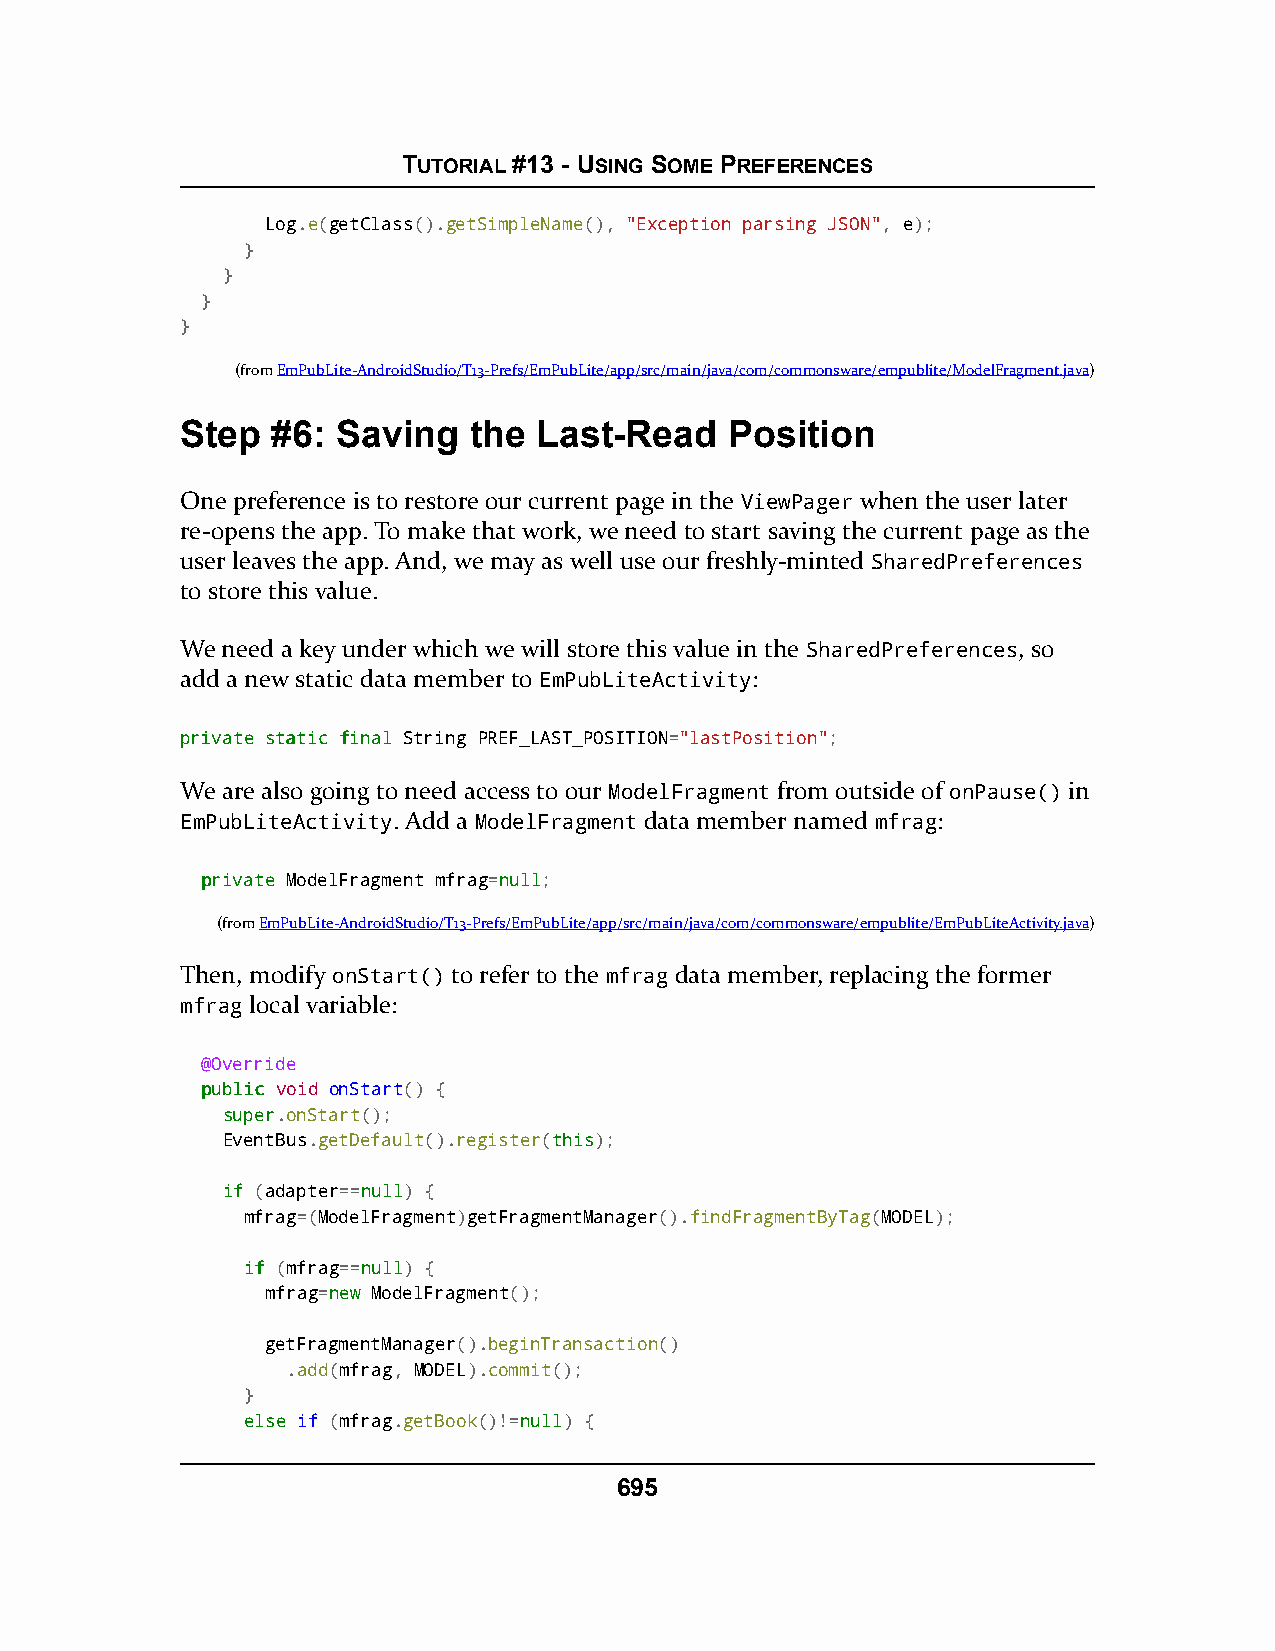
TUTORIAL #13 - USING SOME PREFERENCES
 Log.e(getClass().getSimpleName(), "Exception parsing JSON", e);
 }
 }
 }
 }
 (fromEmPubLite-AndroidStudio/T13-Prefs/EmPubLite/app/src/main/java/com/commonsware/empublite/ModelFragment.java)
 Step  #6: Saving   the  Last-Read   Position
 One preference is to restore our current page in the ViewPager when the user later
 re-opens the app. To make that work, we need to start saving the current page as the
 user leaves the app. And, we may as well use our freshly-minted SharedPreferences
 to store this value.
 We need a key under which we will store this value in the SharedPreferences, so
 add a new static data member to EmPubLiteActivity:
 pprriivvaattee ssttaattiicc ffiinnaall String PREF_LAST_POSITION="lastPosition";
 We are also going to need access to our ModelFragment from outside of onPause() in
 EmPubLiteActivity. Add a ModelFragment data member named mfrag:
 pprriivvaattee ModelFragment mfrag=nnuullll;
 (fromEmPubLite-AndroidStudio/T13-Prefs/EmPubLite/app/src/main/java/com/commonsware/empublite/EmPubLiteActivity.java)
 Then, modify onStart() to refer to the mfrag data member, replacing the former
 mfrag local variable:
 @Override
 ppuubblliicc void onStart() {
 ssuuppeerr.onStart();
 EventBus.getDefault().register(tthhiiss);
 iiff (adapter==nnuullll) {
 mfrag=(ModelFragment)getFragmentManager().findFragmentByTag(MODEL);
 iiff (mfrag==nnuullll) {
 mfrag=nneeww ModelFragment();
 getFragmentManager().beginTransaction()
 .add(mfrag, MODEL).commit();
 }
 eellssee if (mfrag.getBook()!=nnuullll) {
 695